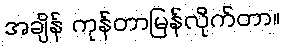
အချိန် ကုန်တာမြန်လိုက်တာ။